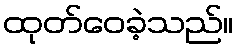
ထုတ်ဝေခဲ့သည်။